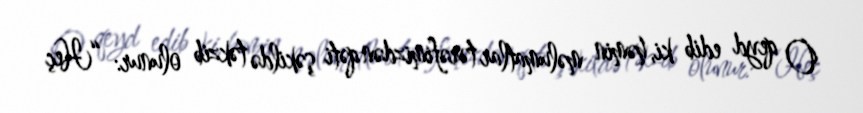
O qeyd edib ki, həmin məlumatlar tərəfimizdən qəti şəkildə təkzib olunur: “Heç